画像に写った文字を読んでください
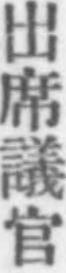
「出席議官」と書いてあります